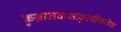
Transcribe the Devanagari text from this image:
कुग्रामवासःकुलहिनसेवा